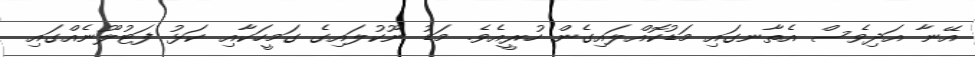
އޭނާ އަދިވެސް އެތާނގައި މަޑުކޮއްލައިގެން ހުރީއެވެ. މަޑު ނޫކުލައިގެ ގަމީހަކާއި ކަޅު ފަޓުލޫނެއްގައި